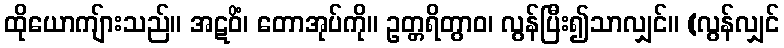
ထိုယောကျ်ားသည်။ အဋဝိံ၊ တောအုပ်ကို။ ဥတ္တရိတွာဝ၊ လွန်ပြီး၍သာလျှင်။ (လွန်လျှင်